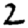
Digit: 2